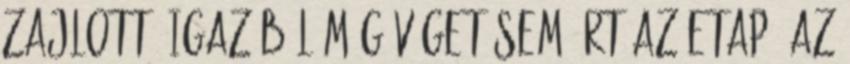
zajlott, igazából még véget sem ért az etap. Az